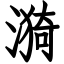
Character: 漪